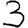
Digit: 3